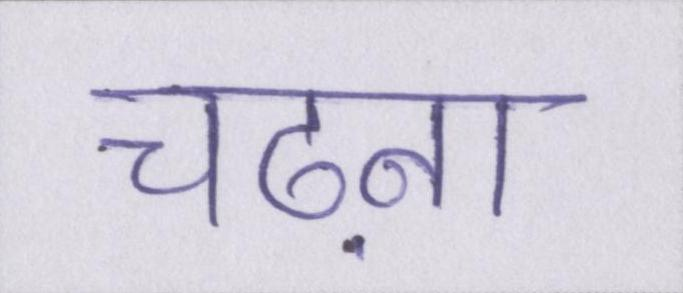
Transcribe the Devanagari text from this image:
चढ़ना